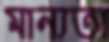
মান্যতা